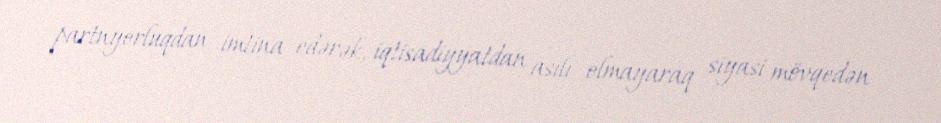
partnyorluqdan imtina edərək, iqtisadiyyatdan asılı olmayaraq siyasi mövqedən